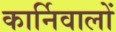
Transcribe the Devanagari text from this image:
कार्निवालों